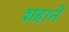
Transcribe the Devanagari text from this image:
शहानें